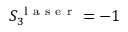
S _ { 3 } ^ { \mathrm { ~ l ~ a ~ s ~ e ~ r ~ } } = - 1